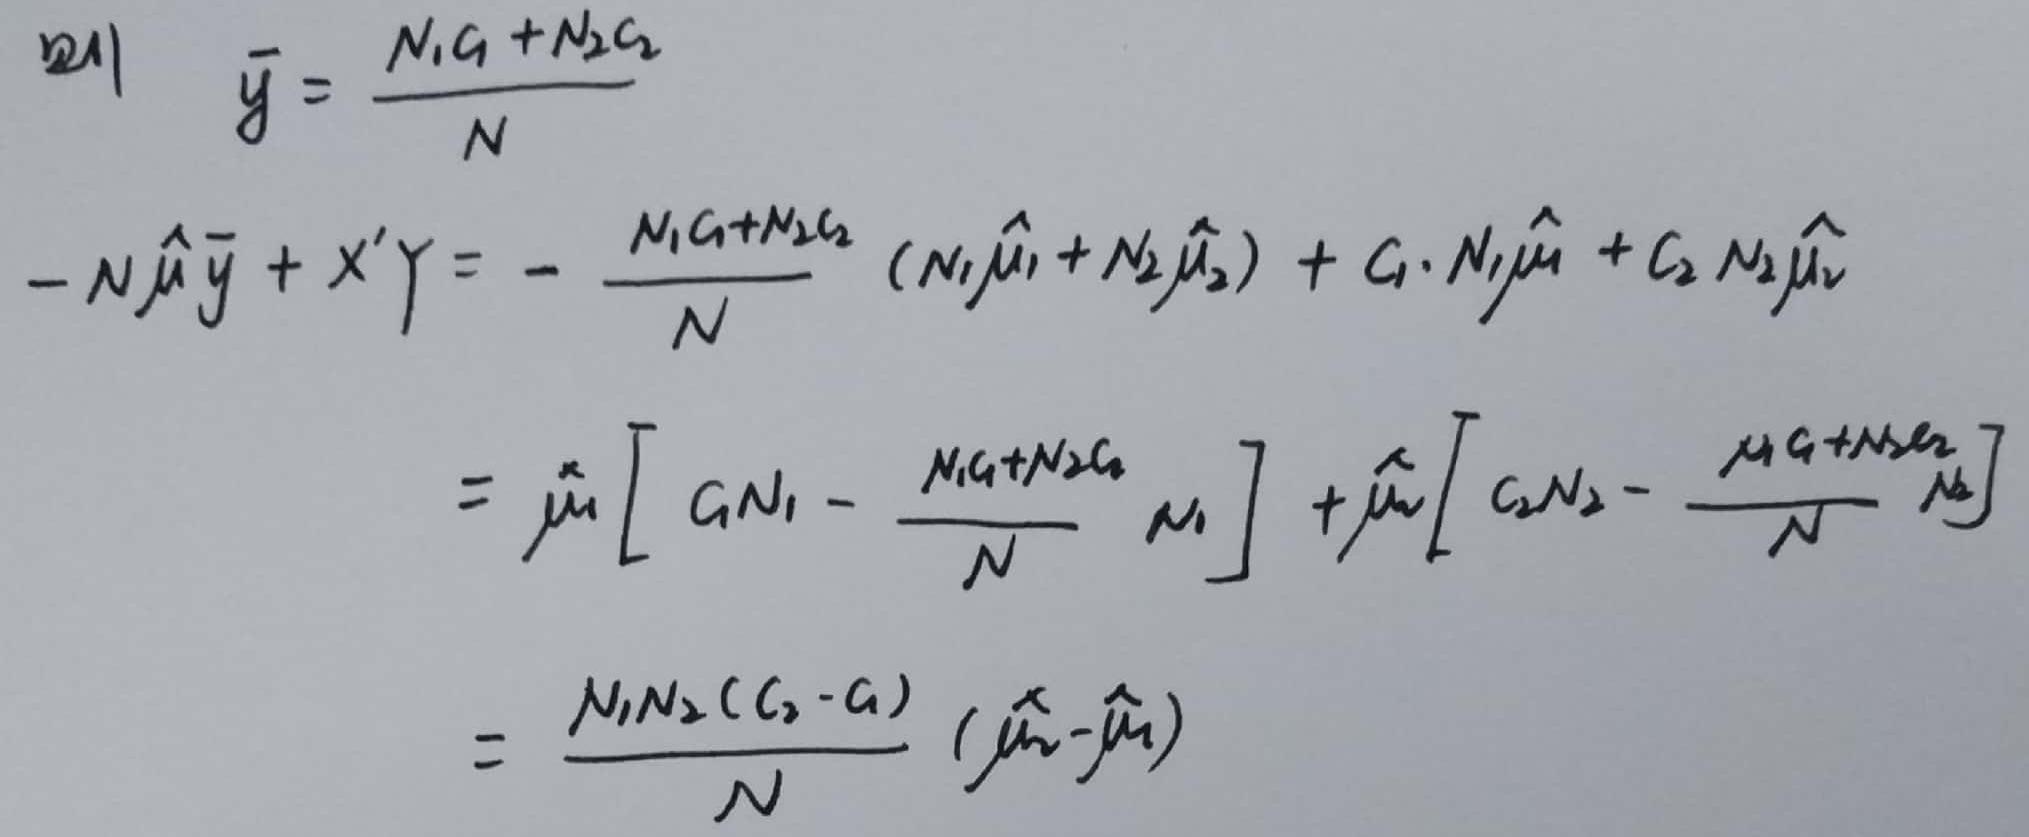
\[
\begin{align*}
\bar{y}&=\frac{N_1c_1 + N_2c_2}{N}\\
-N\hat{\mu}\bar{y}+X^{\prime}Y&=-\frac{N_1c_1 + N_2c_2}{N}(N_1\hat{\mu}_1+N_2\hat{\mu}_2)+c_1\cdot N_1\hat{\mu}_1 + c_2N_2\hat{\mu}_2\\
&=\hat{\mu}_1\left[c_1N_1-\frac{N_1c_1 + N_2c_2}{N}N_1\right]+\hat{\mu}_2\left[c_2N_2-\frac{N_1c_1 + N_2c_2}{N}N_2\right]\\
&=\frac{N_1N_2(c_2 - c_1)}{N}(\hat{\mu}_2-\hat{\mu}_1)
\end{align*}
\]